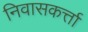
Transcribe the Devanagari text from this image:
निवासकर्त्ता